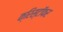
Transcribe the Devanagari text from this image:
क्रिस्टॉफर